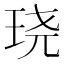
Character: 𮴗